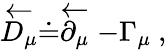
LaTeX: \stackrel{\leftarrow}{D_{\mu}}\doteq\stackrel{\leftarrow}{\partial_{\mu}}-\Gamma_{\mu}\ ,